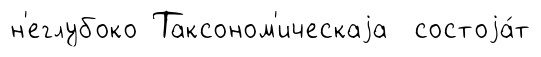
н'еглубоко Таксоном'ическаjа состоjа́т